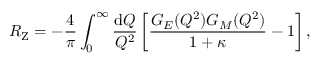
R _ { \mathrm { Z } } = - \frac { 4 } { \pi } \int _ { 0 } ^ { \infty } \frac { \mathrm { d } Q } { Q ^ { 2 } } \left[ \frac { G _ { E } ( Q ^ { 2 } ) G _ { M } ( Q ^ { 2 } ) } { 1 + \kappa } - 1 \right] ,